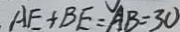
A E + B E = A B = 3 0